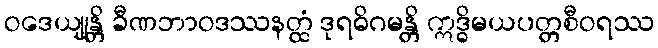
ဝဒေယျုန္တိ ခီဏဘာဝဒဿနတ္ထံ ဒုရဓိဂမန္တိ ဣဒ္ဓိမယပတ္တစီဝရဿ